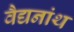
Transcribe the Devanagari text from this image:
वैद्यनांथ